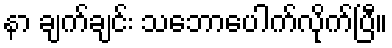
နာ ချက်ချင်း သဘောပေါက်လိုက်ပြီ။